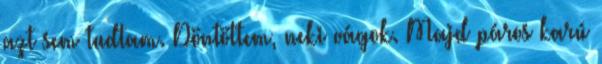
azt sem tudtam. Döntöttem, neki vágok. Majd páros karú